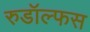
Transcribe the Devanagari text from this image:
रुडॉल्फस